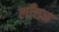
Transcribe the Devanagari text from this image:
लाँछन